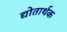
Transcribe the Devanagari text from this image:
द्योतार्थक